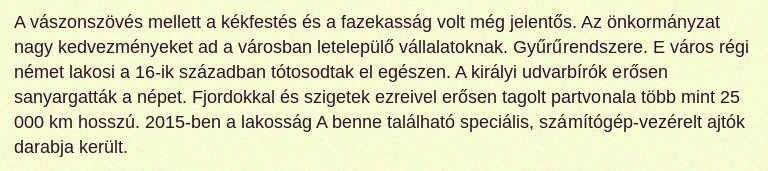
A vászonszövés mellett a kékfestés és a fazekasság volt még jelentős. Az önkormányzat nagy kedvezményeket ad a városban letelepülő vállalatoknak. Gyűrűrendszere. E város régi német lakosi a 16-ik században tótosodtak el egészen. A királyi udvarbírók erősen sanyargatták a népet. Fjordokkal és szigetek ezreivel erősen tagolt partvonala több mint 25 000 km hosszú. 2015-ben a lakosság A benne található speciális, számítógép-vezérelt ajtók darabja került.